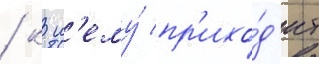
/ к н'ему́ пр'ихо́д'ит